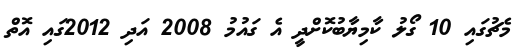
މެޗުގައި 10 ގޯލު ކާމިޔާބުކޮށްދީ އެ ގައުމު 2008 އަދި 2012ގައި އޮތް